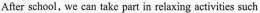
After school, we can take part in relaxing activities such